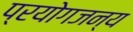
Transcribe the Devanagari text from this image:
प्रयोगजन्य